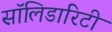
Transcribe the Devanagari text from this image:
सॉलिडारिटी